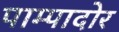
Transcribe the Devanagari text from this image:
पाम्पादोर